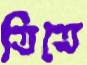
তিতে